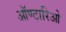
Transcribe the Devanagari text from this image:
ऑण्टारिओ